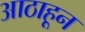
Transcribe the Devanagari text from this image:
आठाहून